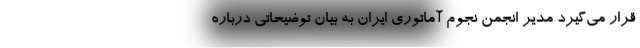
قرار می‌گیرد مدیر انجمن نجوم آماتوری ایران به بیان توضیحاتی درباره